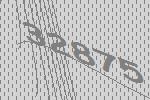
32875